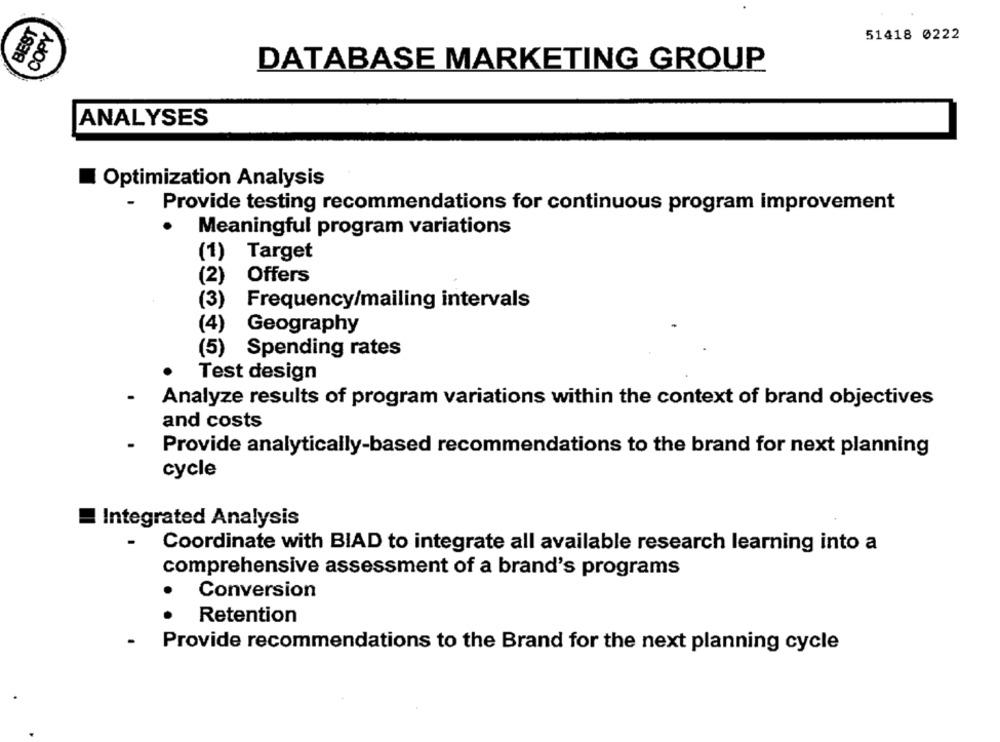
BEST
COPY
51418 0222
DATABASE MARKETING GROUP
ANALYSES
Optimization Analysis
Provide testing recommendations for continuous program improvement
Meaningful program variations
(1)
Target
(2)
Offers
Frequency/mailing intervals
(3)
(4)
Geography
(5) Spending rates
Test design
Analyze results of program variations within the context of brand objectives
and costs
Provide analytically-based recommendations to the brand for next planning
cycle
Integrated Analysis
Coordinate with BIAD to integrate all available research learning into a
comprehensive assessment of a brand's programs
Conversion
Retention
Provide recommendations to the Brand for the next planning cycle